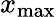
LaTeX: x_{\mathrm{max}}